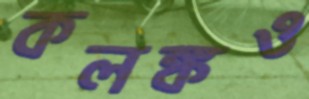
কলঙ্কও